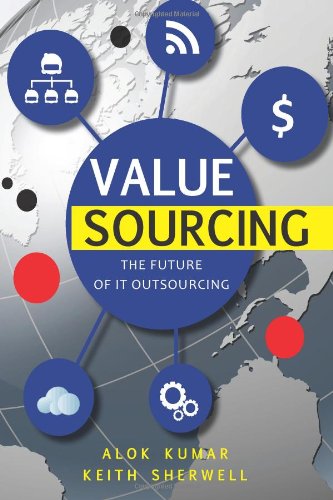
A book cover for Value Sourcing: Future of IT Outsourcing; Mr Alok Kumar; Business & Money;